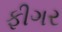
ફીગર